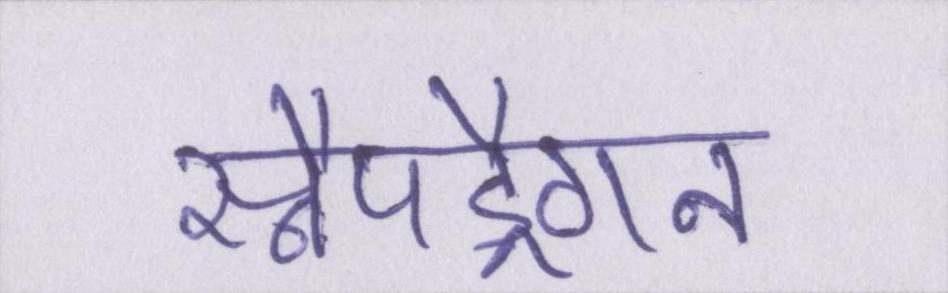
स्नैपड्रैगन